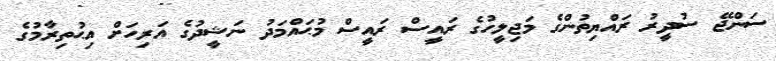
ސަންޖޭ ސުދީރު ރައްްޔިތުންގެ މަޖިލީހުގެ ރައީސް ރައީސް މުޙައްމަދު ނަޝީދުގެ އަރިހަށް އިޙުތިރާމުގެ